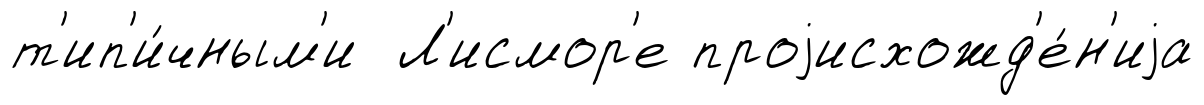
т'ип'и́чным'и Л'исмор'е проjисхожд'е́н'иjа